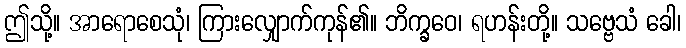
ဤသို့။ အာရောစေသုံ၊ ကြားလျှောက်ကုန်၏။ ဘိက္ခဝေ၊ ရဟန်းတို့။ သဗ္ဗေသံ ခေါ၊